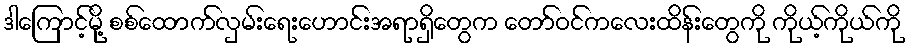
ဒါကြောင့်မို့ စစ်ထောက်လှမ်းရေးဟောင်းအရာရှိတွေက တော်ဝင်ကလေးထိန်းတွေကို ကိုယ့်ကိုယ်ကို